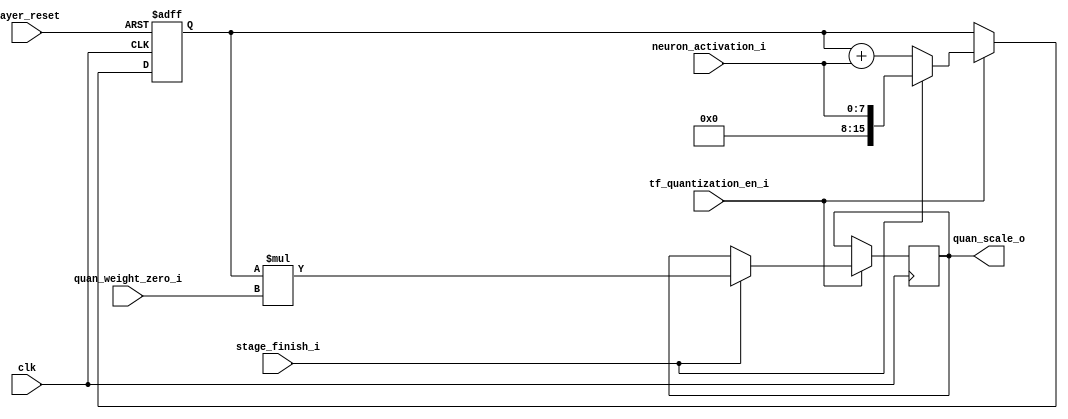
// Company           :   tud
//
// Project Name      :   p_eval
// Subproject Name   :   s_deepl
// Description       :   <short description>
//
// Last Change       :   $Date$
// by                :   $Author$
//------------------------------------------------------------
module tf_quantization(
	clk,
	layer_reset,
	stage_finish_i,
	quan_weight_zero_i,
	tf_quantization_en_i,
	neuron_activation_i,
	quan_scale_o
	);


parameter NEURON_ACTIV_BIT_WIDTH = 8;
parameter SUM_QUAN_OFFSET_BIT_WIDTH = 16;
parameter INIT_SUM_QUAN_OFFSET = 16'd0;
parameter QUAN_SCALE_BIT_WIDTH = 24;
parameter INI_QUAN_SCALE = 24'h0;
parameter QUAN_WEIGHT_ZERO_BIT_WIDTH = 8;

input 									clk;
input 									layer_reset;
input 									stage_finish_i;
input [QUAN_WEIGHT_ZERO_BIT_WIDTH-1:0] 	quan_weight_zero_i;
input 									tf_quantization_en_i;
input  [NEURON_ACTIV_BIT_WIDTH-1:0] 	neuron_activation_i;
output reg [QUAN_SCALE_BIT_WIDTH-1:0] 		quan_scale_o;

// sum of neuron activation
reg [SUM_QUAN_OFFSET_BIT_WIDTH-1:0] sum_quan_offset;
always @(posedge clk or posedge layer_reset) begin
	if (layer_reset) begin
		sum_quan_offset <= INIT_SUM_QUAN_OFFSET;
	end
	else if (tf_quantization_en_i) begin
		if (stage_finish_i) begin
			sum_quan_offset <= neuron_activation_i;
		end
		else begin
			sum_quan_offset <= sum_quan_offset + neuron_activation_i;
		end
	end
	// if (stage_finish_i) begin
	// 	sum_quan_offset <= neuron_activation_i;
	// end 
	// else if (tf_quantization_en_i) begin
	// 	sum_quan_offset <= sum_quan_offset + neuron_activation_i;
	// end
end

always @(posedge clk) begin
	if (tf_quantization_en_i) begin
		if (stage_finish_i) begin
			quan_scale_o <= sum_quan_offset * quan_weight_zero_i;
		end
	end
	// else begin
	// 	quan_scale_o <= INI_QUAN_SCALE;
	// end
end

endmodule